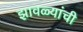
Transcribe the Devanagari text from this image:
झावळ्यांची